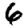
Digit: 6